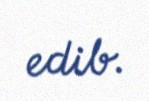
edib.